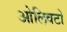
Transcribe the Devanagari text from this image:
ओलिवटो